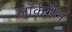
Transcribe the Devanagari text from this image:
जॉर्कमैन